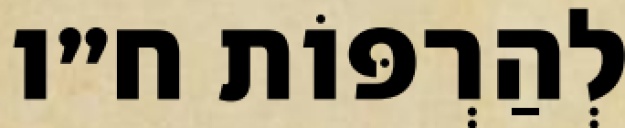
לְהַרְפּוֹת ח״ו